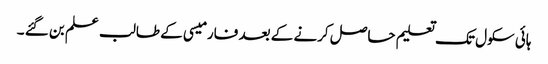
ہائی سکول تک تعلیم حاصل کرنے کے بعد فارمیسی کے طالب علم بن گئے ۔